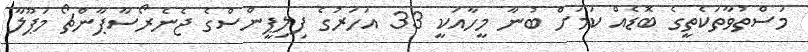
މަސްތުވާތަކެތީގެ ބޮޑެއް ކަމަށް ބުނާ މީހާއަކީ 33 އަހަރުގެ ފިލިޕީންސްގެ ޖެނެރޯސާޕާންޗޯ މަޕޫލާ